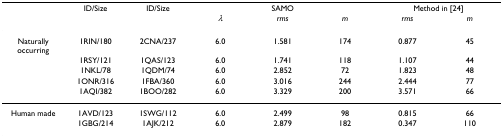
|  | ID/Size | ID/Size | <COLSPAN=3> SAMO | <COLSPAN=2> Method in [24] |
 |  |  |  | λ | rms | m | rms | m |
 | --- | --- | --- | --- | --- | --- | --- | --- |
 | Naturally occurring | 1RIN/180 | 2CNA/237 | 6.0 | 1.581 | 174 | 0.877 | 45 |
 |  | 1RSY/121 | 1QAS/123 | 6.0 | 1.741 | 118 | 1.107 | 44 |
 |  | 1NKL/78 | 1QDM/74 | 6.0 | 2.852 | 72 | 1.823 | 48 |
 |  | 1ONR/316 | 1FBA/360 | 6.0 | 3.016 | 244 | 2.444 | 77 |
 |  | 1AQI/382 | 1BOO/282 | 6.0 | 3.329 | 200 | 3.571 | 66 |
 | Human made | 1AVD/123 | 1SWG/112 | 6.0 | 2.499 | 98 | 0.815 | 66 |
 |  | 1GBG/214 | 1AJK/212 | 6.0 | 2.879 | 182 | 0.347 | 110 |